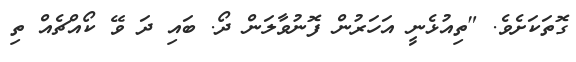
ގޮތަކަށެވެ. "ތިއުޅެނީ އަހަރުން ފޮނުވާލަން ދޯ. ބައި ދަ ވޭ ކޯއްޗެއް ތި